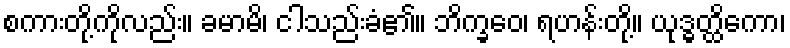
စကားတို့ကိုလည်း။ ခမာမိ၊ ငါသည်းခံ၏။ ဘိက္ခဝေ၊ ရဟန်းတို့။ ယုဒ္ဓတ္ထိကော၊